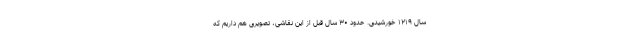
سال ۱۲۱۹ خورشیدی. حدود ۳۰ سال قبل از این نقاشی، تصویری هم داریم که